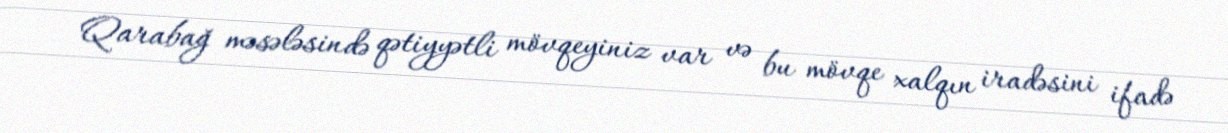
Qarabağ məsələsində qətiyyətli mövqeyiniz var və bu mövqe xalqın iradəsini ifadə